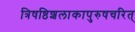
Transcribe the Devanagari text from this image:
त्रिषष्ठिशलाकापुरुषचरित्